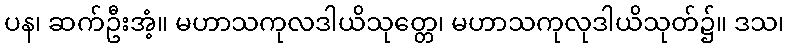
ပန၊ ဆက်ဦးအံ့။ မဟာသကုလဒါယိသုတ္တေ၊ မဟာသကုလုဒါယိသုတ်၌။ ဒသ၊